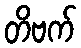
တိဗက်